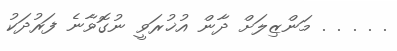
. . . . . މަންޒިލަށް ދާން އުޚުރަވީ ނުގޮވާނެ ފަރުދަކު